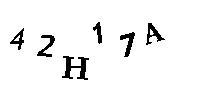
42H17A